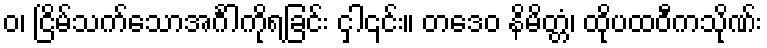
ဝ၊ ငြိမ်သက်သောအင်္ဂါကိုရခြင်း ငှါ၎င်း။ တဒေဝ နိမိတ္တံ၊ ထိုပထဝီကသိုဏ်း